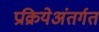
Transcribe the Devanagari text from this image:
प्रक्रियेअंतर्गत